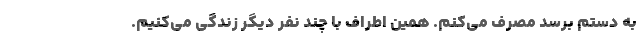
به دستم برسد مصرف می‌کنم. همین اطراف با چند نفر دیگر زندگی می‌کنیم.